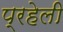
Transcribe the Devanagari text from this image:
प्रहेली